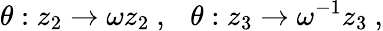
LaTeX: \theta:z_{2}\rightarrow\omega z_{2}~,~~~\theta:z_{3}\rightarrow\omega^{-1}z_{3}~,